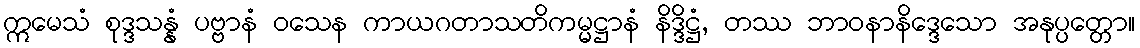
ဣမေသံ စုဒ္ဒသန္နံ ပဗ္ဗာနံ ဝသေန ကာယဂတာသတိကမ္မဋ္ဌာနံ နိဒ္ဒိဋ္ဌံ, တဿ ဘာဝနာနိဒ္ဒေသော အနုပ္ပတ္တော။